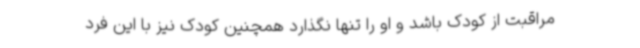
مراقبت از کودک باشد و او را تنها نگذارد همچنین کودک نیز با این فرد